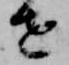
せ